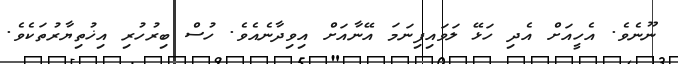
ނޫނެވެ. އެހީއަށް އެދި ހަޅޭ ލަވައިފިނަމަ އޭނާއަށް އިވިދާނެއެވެ. ހުސް ބިރުހުރި އިޚުތިޔާރުތަކެވެ.